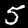
Digit: 5